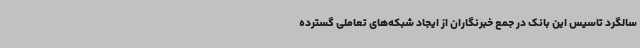
سالگرد تاسیس این بانک در جمع خبرنگاران از ایجاد شبکه‌های تعاملی گسترده